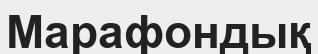
Марафондық